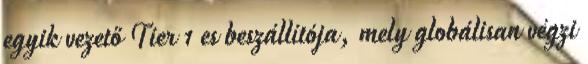
egyik vezető Tier 1 es beszállítója, mely globálisan végzi